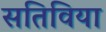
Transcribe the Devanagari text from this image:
सतिविया